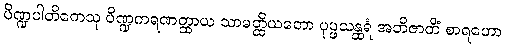
ပိဏ္ဍပါတိကေသု ပိဏ္ဍကရဏတ္ထာယ သာမတ္ထိယတော ပုပ္ဖသန္ထရံ အဘိဇာတိံ စာရဟော